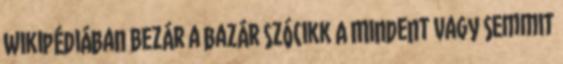
Wikipédiában Bezár a bazár szócikk A Mindent vagy semmit